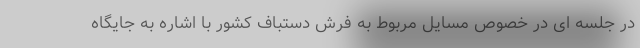
در جلسه ای در خصوص مسایل مربوط به فرش دستباف کشور با اشاره به جایگاه